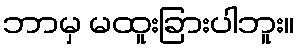
ဘာမှ မထူးခြားပါဘူး။